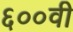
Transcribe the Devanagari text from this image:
६००वी